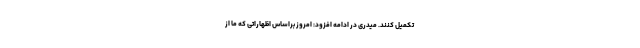
تکمیل کنند. میدری در ادامه افزود: امروز براساس اظهاراتی که ما از